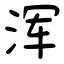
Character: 浑